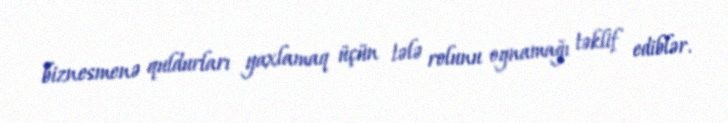
biznesmenə quldurları yaxlamaq üçün tələ rolunu oynamağı təklif ediblər.